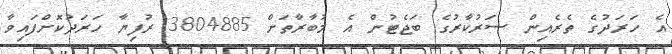
އެ ހަރަދުގެ ތެރެއިން ސަރުކާރުގެ ބަޖެޓުން އެ މުބާރާތަށް 3804885 ރުފިޔާ ހަރަދުކޮށްފައިވާ